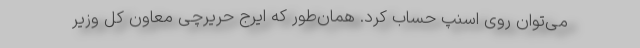
می‌توان روی اسنپ حساب کرد. همان‌طور که ایرج حریرچی معاون کل وزیر